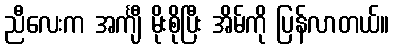
ညီလေးက အင်္ကျီ မိုးစိုပြီး အိမ်ကို ပြန်လာတယ်။